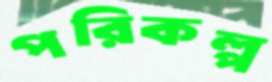
পরিকল্প